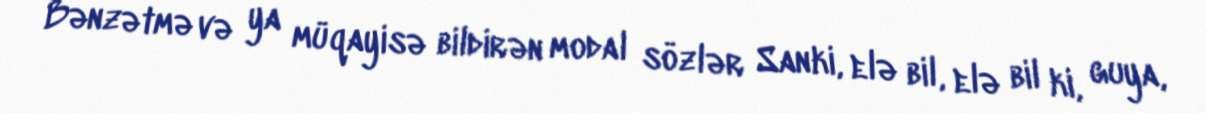
Bənzətmə və ya müqayisə bildirən modal sözlər Sanki, elə bil, elə bil ki, guya,